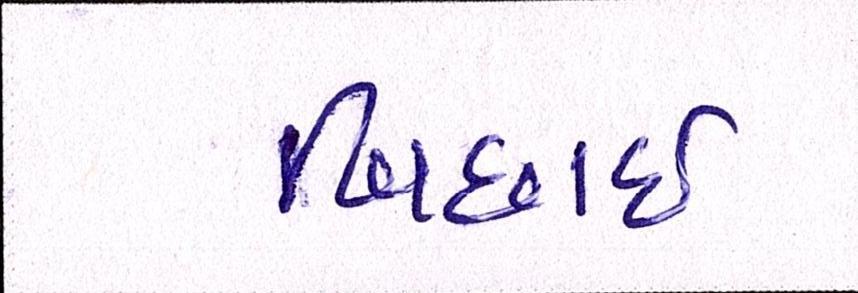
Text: બિછાઇ